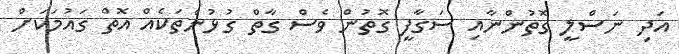
އަދި ނަސްލީ ގޮތުންނާއި ސަގާފީ ގޮތުން ވެސް ގާތް ގުޅުންތަކެއް އޮތް ގައުމަކަށް